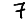
Digit: 7